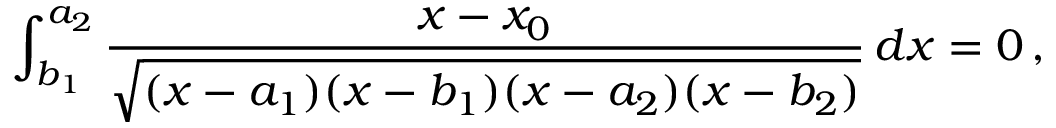
\int _ { b _ { 1 } } ^ { a _ { 2 } } \frac { x - x _ { 0 } } { \sqrt { ( x - a _ { 1 } ) ( x - b _ { 1 } ) ( x - a _ { 2 } ) ( x - b _ { 2 } ) } } \, d x = 0 \, ,